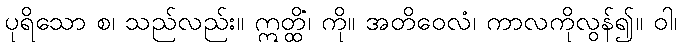
ပုရိသော စ၊ သည်လည်း။ ဣတ္ထိံ၊ ကို။ အတိဝေလံ၊ ကာလကိုလွန်၍။ ဝါ၊